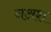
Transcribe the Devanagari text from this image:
नअश